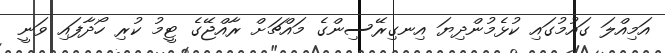
އަމިއްލަ ގައުމުގައި ކުޅެމުންދިޔަ އިނގިރޭސިންގެ މައްޗަށް ރާއްޖޭގެ ޓީމު ކުރި ހޯދާފައި ވަނީ